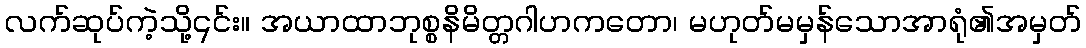
လက်ဆုပ်ကဲ့သို့၎င်း။ အယာထာဘုစ္စနိမိတ္တဂါဟကတော၊ မဟုတ်မမှန်သောအာရုံ၏အမှတ်